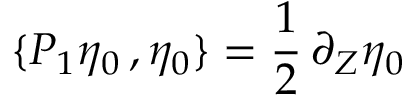
\{ P _ { 1 } \eta _ { 0 } \, , \eta _ { 0 } \} = \frac 1 2 \, \partial _ { Z } \eta _ { 0 }